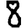
Digit: 8